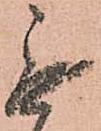
無